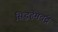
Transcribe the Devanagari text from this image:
सिद्धहेमचंद्र